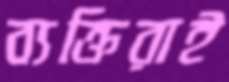
ব্যক্তিরাই